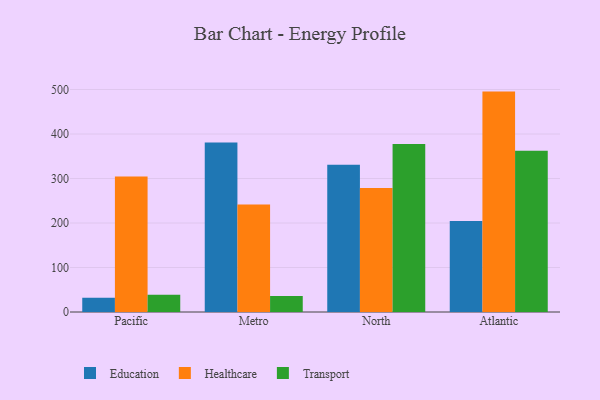
{"axis": {"x": "Region", "y": "Humidity (%)"}, "legend": ["Education", "Healthcare", "Transport"], "data": [{"x": "Pacific", "y": 32.3, "type": "Education"}, {"x": "Pacific", "y": 304.3, "type": "Healthcare"}, {"x": "Pacific", "y": 38.9, "type": "Transport"}, {"x": "Metro", "y": 380.7, "type": "Education"}, {"x": "Metro", "y": 241.6, "type": "Healthcare"}, {"x": "Metro", "y": 35.7, "type": "Transport"}, {"x": "North", "y": 331.0, "type": "Education"}, {"x": "North", "y": 278.8, "type": "Healthcare"}, {"x": "North", "y": 377.8, "type": "Transport"}, {"x": "Atlantic", "y": 204.4, "type": "Education"}, {"x": "Atlantic", "y": 495.3, "type": "Healthcare"}, {"x": "Atlantic", "y": 362.3, "type": "Transport"}]}